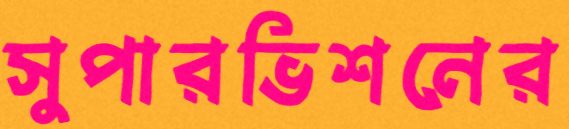
সুপারভিশনের